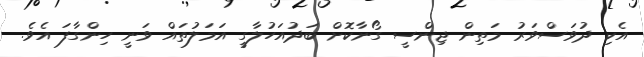
އެކި ދުވަސްވަރު މަތިން ޖިންސީ ގޯނާކޮށް ބަދުއަހުލާގީ އަމަލުތައް ވަނީ ހިންގާފަ އެވެ.